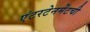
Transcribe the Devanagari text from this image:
एंटरटेनमेंटची